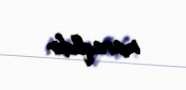
maraqlıdır.